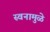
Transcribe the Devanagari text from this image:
स्वनामुळे